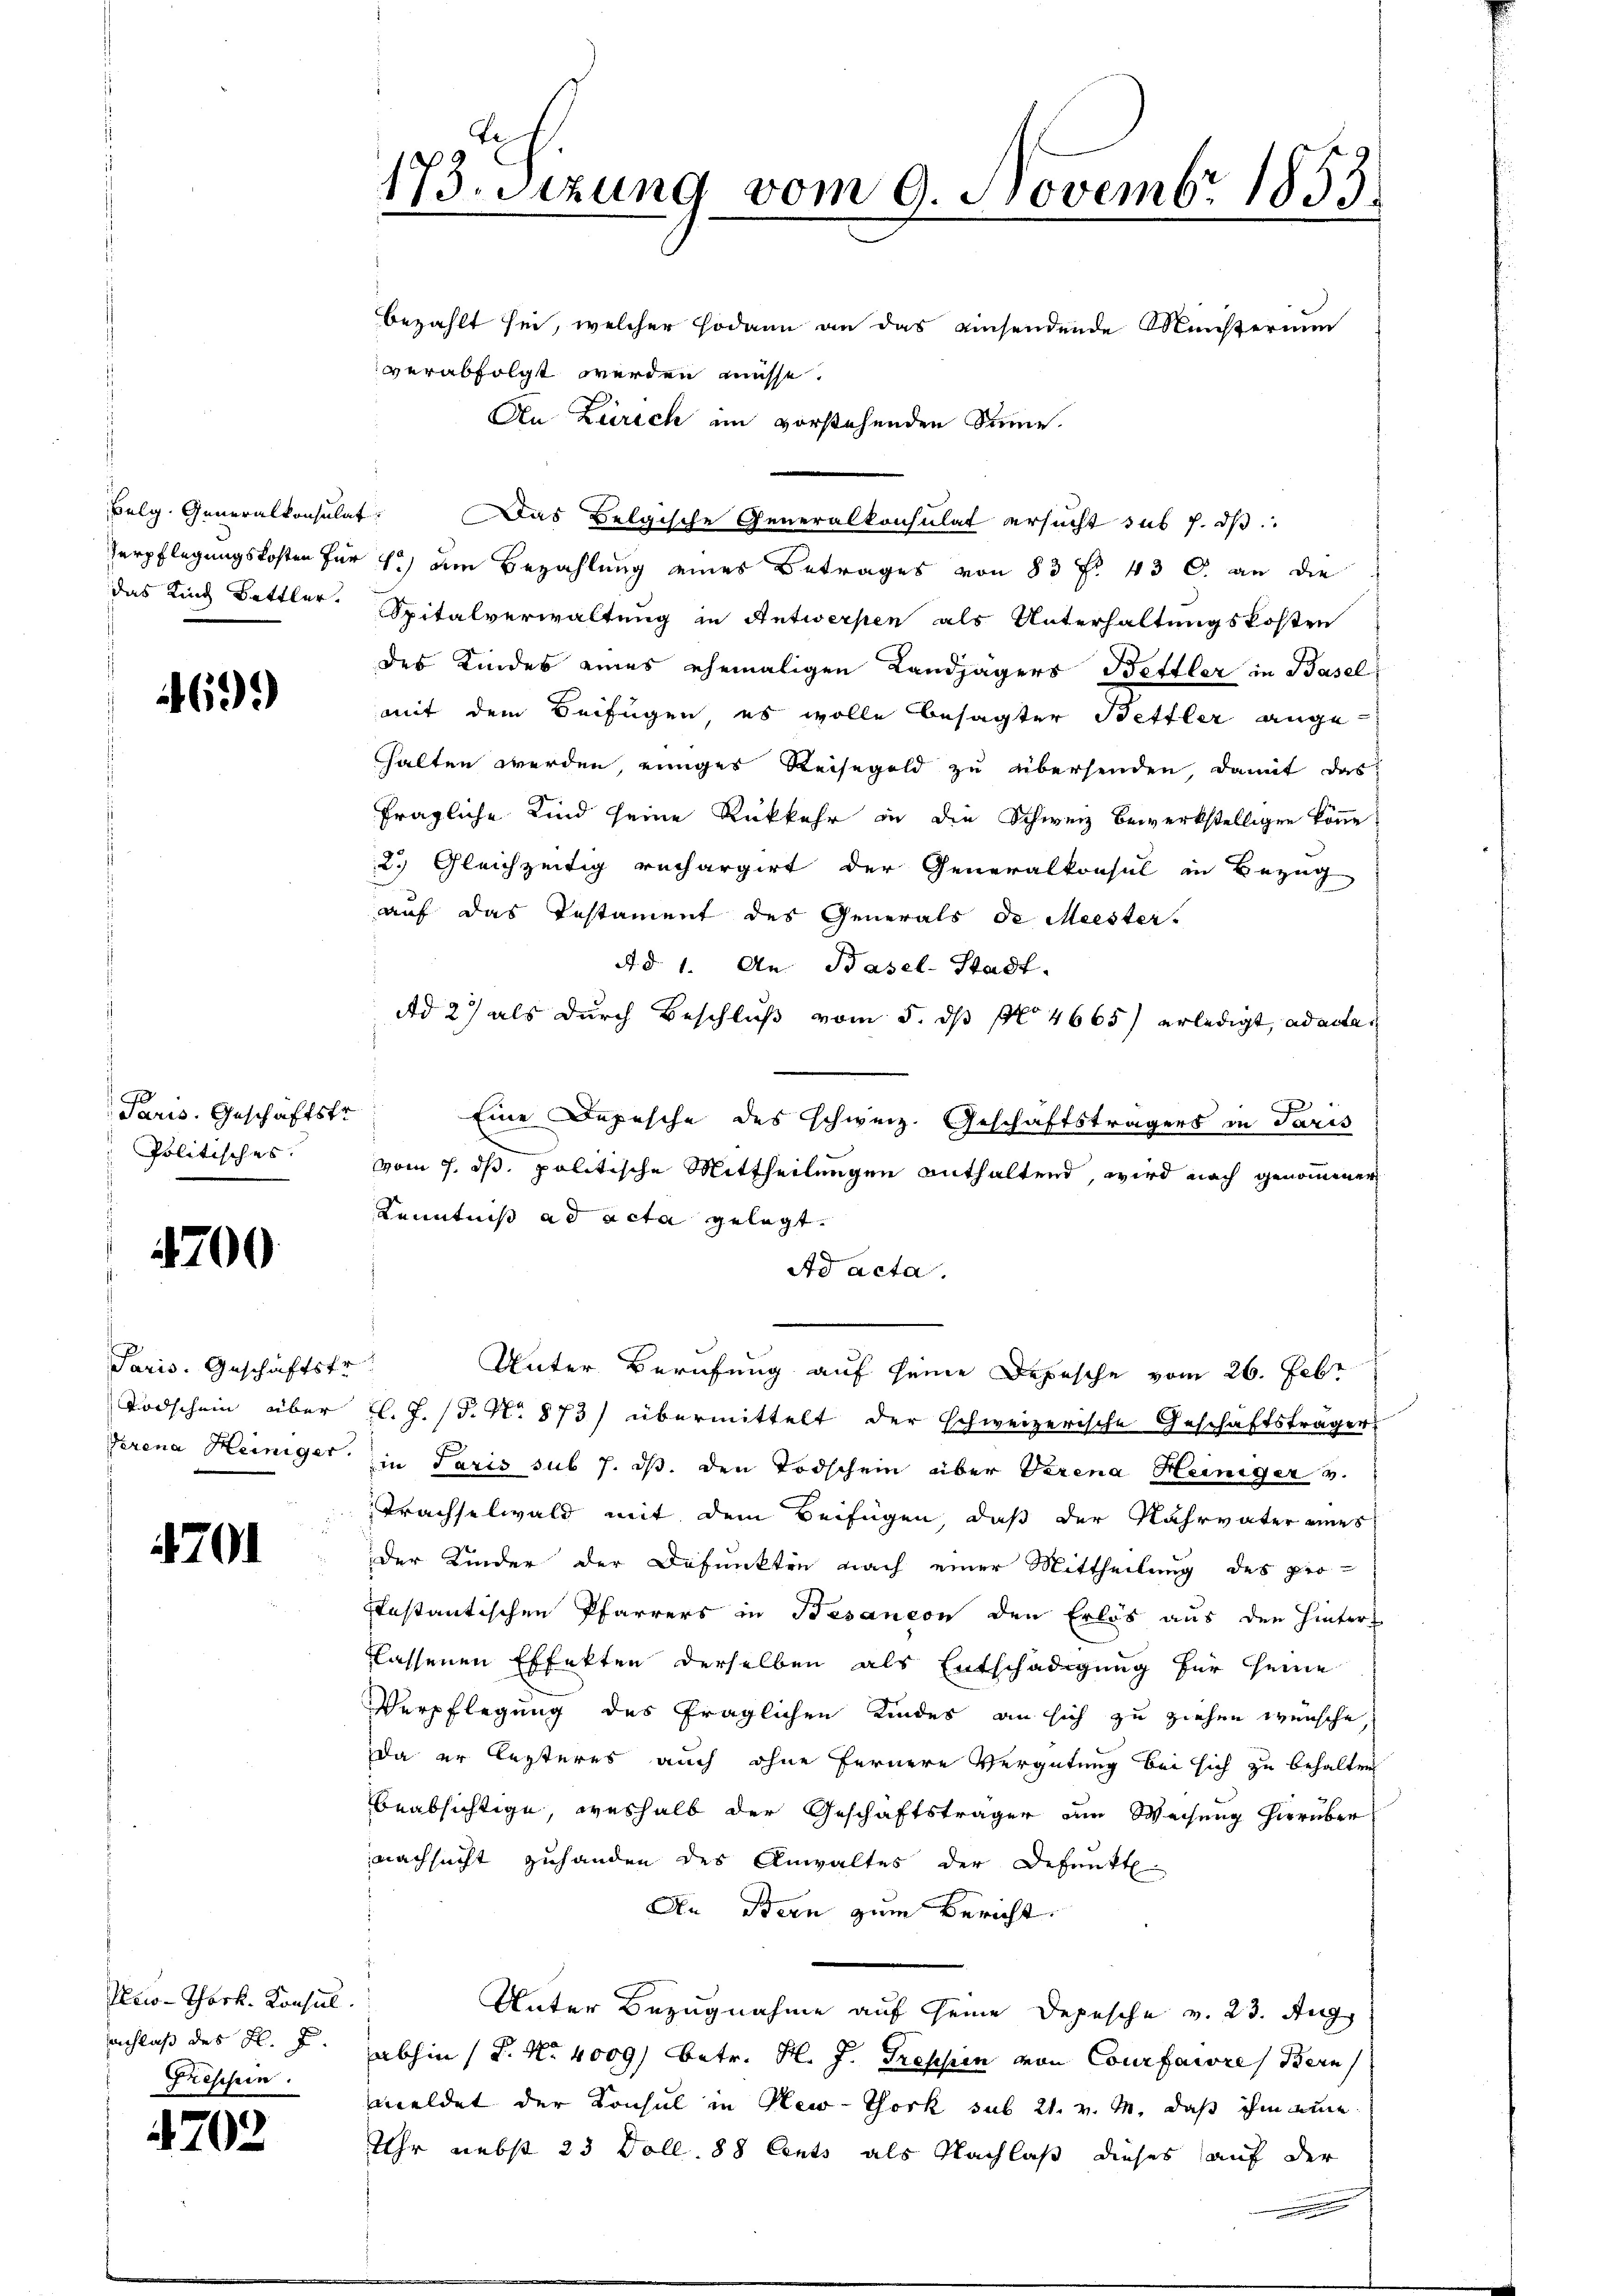
69.)

Paris. Geschäftstr
Politisches.

700

Paris. Geschäftstr

4701

Peco-Thark. Konsul
sachlaß des K. J.
Fressern.

4702

173. Sitzung vom 9. Novembr 1853.
bezahlt sei, welcher sodann an das einsendende Ministerium
verabfolgt werden müsse.
An Zürich im vorstehenden Sinne.

Belg. Generalkonsulat. Das Belgische Generalkonsulat ersucht das h. dβ.
Verpflegungskosten für 1) am Bezahlung eines Betrages von 83 f. 43 b. an die
das Kind Bettler. Spitalverwaltung in Antwerpen als Unterhaltungskosten
des Kindes eines ehemaligen Landjägers Bettler in Basel
mit dem Beifügen, es wolle besagter Bettler angehalten werden, einiges Reisegeld zu übersenden, damit das
fragliche Kind seine Rückkehr in die Schweiz bewerkstelligen könne
2.) Gleichzeitig rechargirt der Generalkonsul in Bezug
auf das Testament des Generals de Meister.
A d. 1. An Basel-Stadt.
Ad 2) als durch Beschluß vom 5. ds No 4665) erledigt, ad acta
Eine Depesche des schweiz. Geschäftsträgers in Paris
vom 7. ds. politische Mittheilungen enthaltend, wird nach genommener
Kenntniß ad acta gelegt.
Ad acta.
Unter Berufung auf seine Depesche vom 26. Febr
Todschein über Cl. J. (T. No. 873) übermittelt der schweizerische Geschäftsträger
Verena Heiniger in Paris sub 7. ds. den Todschein über Verena Heiniger v.
Trachselwald mit dem Beifügen, daß der Nahrväter eines
der Kinder der Defunkten nach einer Mittheilung des pro-
Instantischen Pfarrers in Besançon den Erlös aus den Hintrol
flassenen Effekten derselben als Entschädigung für seine
Verpflegung des fraglichen Kindes an sich zu ziehen wünsche,
da er lesteres auch ohne fernere Vergütung bei sich zu behalten
beabsichtige, weshalb der Geschäftsträger am Weisung hierüber
nachsucht zuhanden des Anwaltes der Defunkt.
An Bern zum Bericht
Unter Bezugnahme auf seine Depesche v. 23. Aug.
abhin (S. Nr. 4009) betr. H. J. Trepsien von Courfarre Bern
meldet der Sonsul in New-York sub 21. v. M. daß ihm eine
Uhr nebst 23 Doll. 88 Cents als Nachlaß dieses auf der